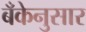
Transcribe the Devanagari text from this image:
बँकेनुसार